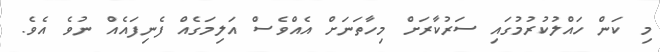
މި ކަން ހައްލުކުރުމުގައި ސަރުކާރަށް މިހާތަނަށް އެއްވެސް އަލިމަގެއް ފެނިފައެއް ނުވެ އެވެ.